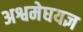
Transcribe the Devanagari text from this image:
अश्वमेघयज्ञ